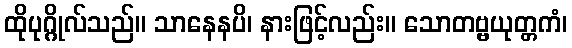
ထိုပုဂ္ဂိုလ်သည်။ သာနေနပိ၊ နားဖြင့်လည်း။ သောတဗ္ဗယုတ္တကံ၊